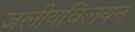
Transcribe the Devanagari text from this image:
जलीयविलयन